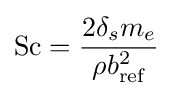
\mathrm {Sc} ={\frac {2\delta _{s}m_{e}}{\rho b_{\text{ref}}^{2}}}